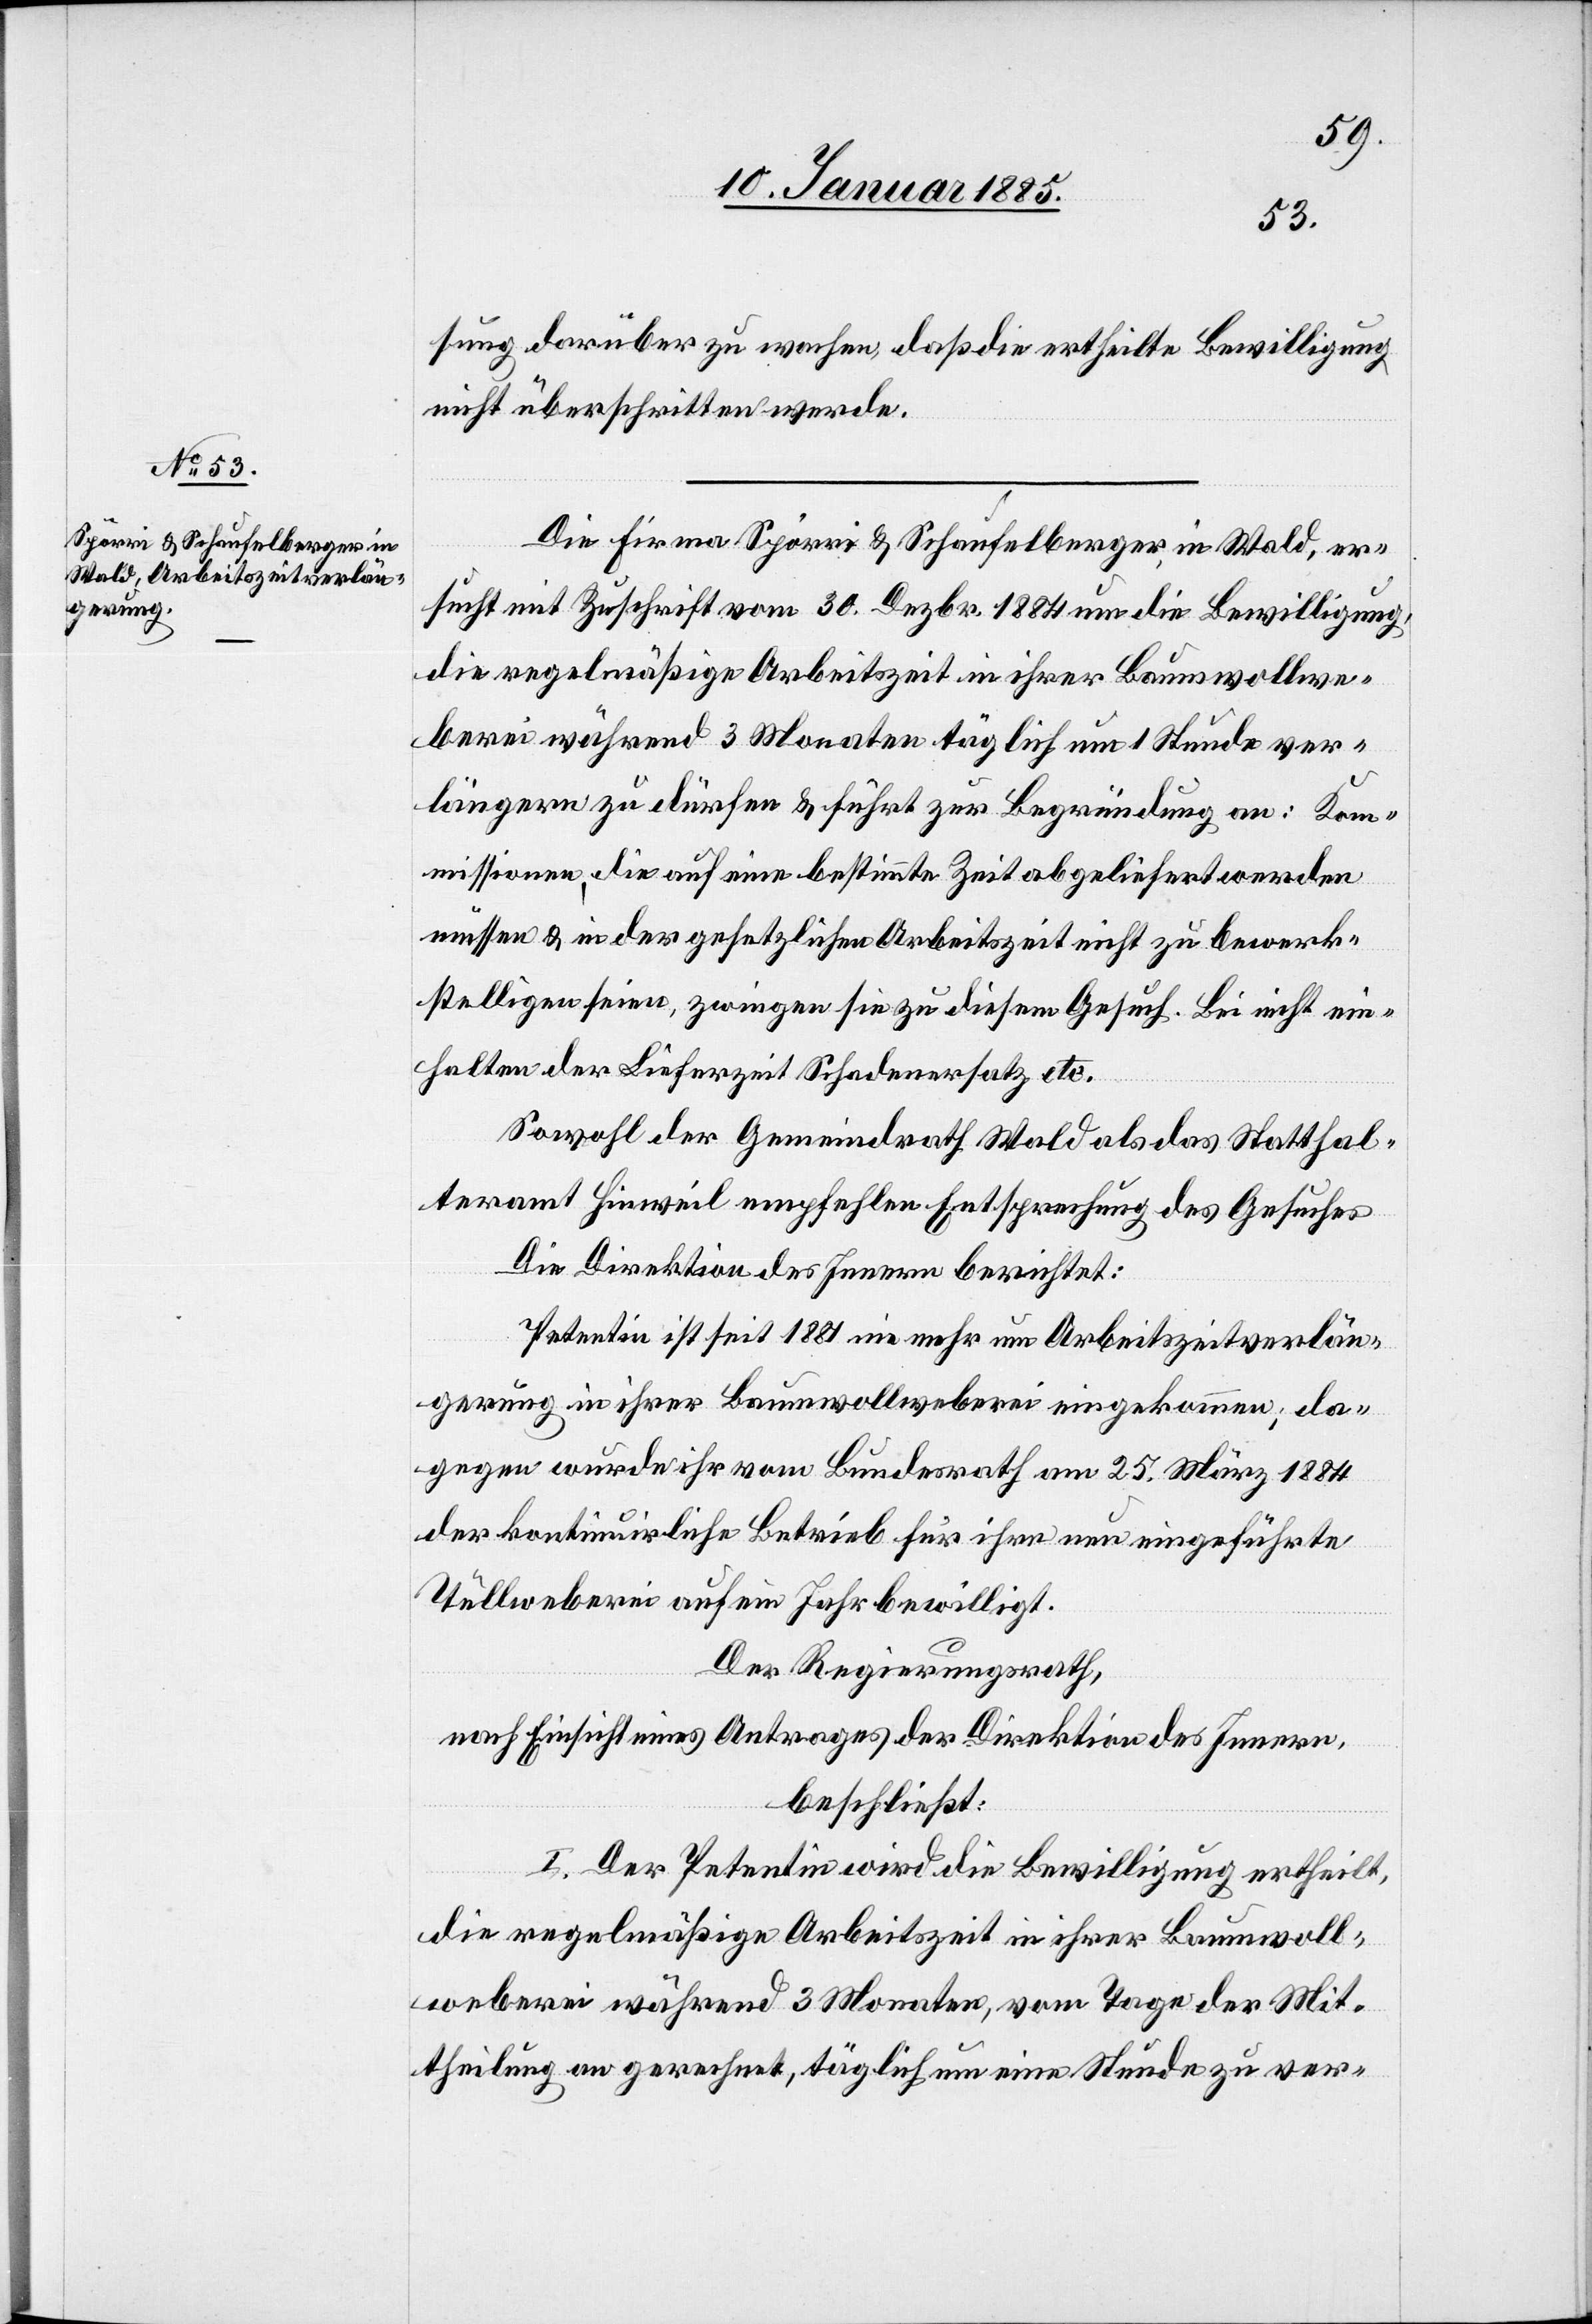
sung darüber zu wachen, daß die ertheilte Bewilligung
nicht überschritten werde.
Die Firma Spörri & Schaufelberger, in Wald, er¬
sucht mit Zuschrift vom 30. Dezbr. 1884 um die Bewilligung,
die regelmäßige Arbeitszeit in ihrer Baumwollwe¬
berei während 3 Monaten täglich um 1 Stunde ver¬
längern zu dürfen & führt zur Begründung an: Kom¬
missionen, die auf eine bestimmte Zeit abgeliefert werden
müssen & in der gesetzlichen Arbeitszeit nicht zu bewerk¬
stelligen seien, zwingen sie zu diesem Gesuch. Bei nicht ein¬
halten der Lieferzeit Schadenersatz etc.
Sowohl der Gemeindrath Wald als das Statthal¬
teramt Hinweil empfehlen Entsprechung des Gesuches[.]
Die Direktion des Innern berichtet:
Petentin ist seit 1881 ein mehr um Arbeitszeitverlän¬
gerung in ihrer Baumwollweberei eingekommen; da¬
gegen wurde ihr vom Bundesrath am 25. März 1884
der kontinuirliche Betrieb für ihre nun eingeführte
Tüllweberei auf ein Jahr bewilligt.
Der Regierungsrath,
nach Einsicht eines Antrages der Direktion des Innern,
beschließt:
I. Der Petentin wird die Bewilligung ertheilt,
die regelmäßige Arbeitszeit in ihrer Baumwoll¬
weberei während 3 Monaten, vom Tage der Mit¬
theilung an gerechnet, täglich um eine Stunde zu ver-